Vaccine operations Central Provinces & Berar 1922-1929 - 1922-1929
Year: 1922
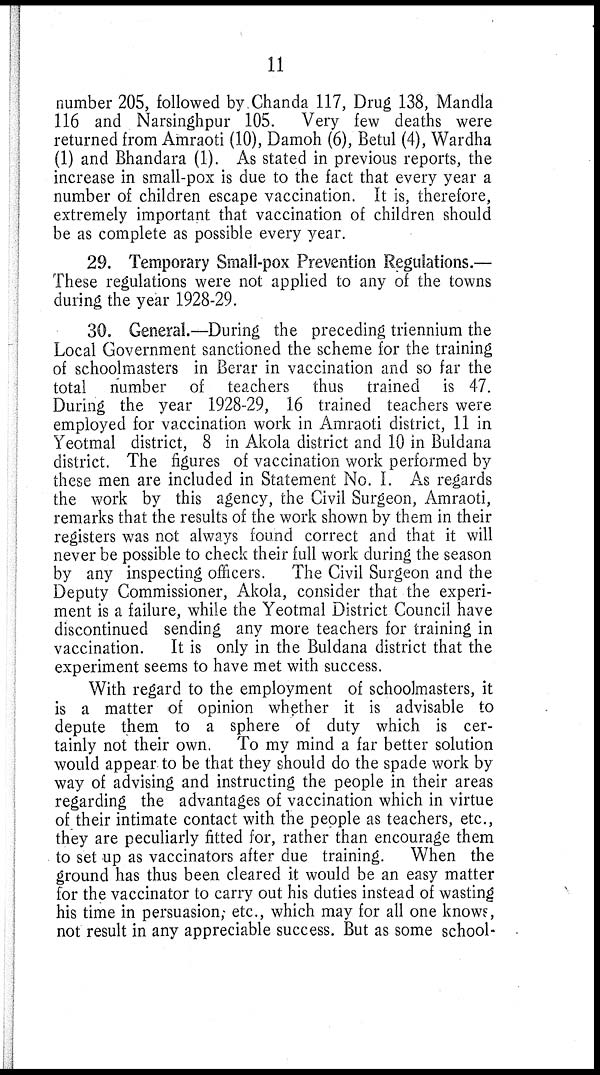
11
number 205, followed by Chanda 117, Drug 138, Mandla
116 and Narsinghpur 105. Very few deaths were
returned from Amraoti (10), Damoh (6), Betul (4), Wardha
(1) and Bhandara (1). As stated in previous reports, the
increase in small-pox is due to the fact that every year a
number of children escape vaccination. It is, therefore,
extremely important that vaccination of children should
be as complete as possible every year.
29. Temporary Small-pox Prevention Regulations.—
These regulations were not applied to any of the towns
during the year 1928-29.
30. General.—During the preceding triennium the
Local Government sanctioned the scheme for the training
of schoolmasters in Berar in vaccination and so far the
total number of teachers thus trained is 47.
During the year 1928-29, 16 trained teachers were
employed for vaccination work in Amraoti district, 11 in
Yeotmal district, 8 in Akola district and 10 in Buldana
district. The figures of vaccination work performed by
these men are included in Statement No. I. As regards
the work by this agency, the Civil Surgeon, Amraoti,
remarks that the results of the work shown by them in their
registers was not always found correct and that it will
never be possible to check their full work during the season
by any inspecting officers. The Civil Surgeon and the
Deputy Commissioner, Akola, consider that the experi-
ment is a failure, while the Yeotmal District Council have
discontinued sending any more teachers for training in
vaccination. It is only in the Buldana district that the
experiment seems to have met with success.
With regard to the employment of schoolmasters, it
is a matter of opinion whether it is advisable to
depute them to a sphere of duty which is cer-
tainly not their own. To my mind a far better solution
would appear to be that they should do the spade work by
way of advising and instructing the people in their areas
regarding the advantages of vaccination which in virtue
of their intimate contact with the people as teachers, etc.,
they are peculiarly fitted for, rather than encourage them
to set up as vaccinators after due training. When the
ground has thus been cleared it would be an easy matter
for the vaccinator to carry out his duties instead of wasting
his time in persuasion; etc., which may for all one knows,
not result in any appreciable success. But as some school-